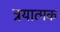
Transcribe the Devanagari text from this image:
त्रयात्मक